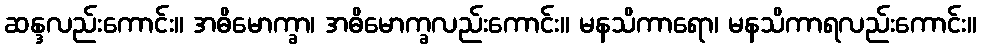
ဆန္ဒလည်းကောင်း။ အဓိမောက္ခာ၊ အဓိမောက္ခလည်းကောင်း။ မနသိကာရော၊ မနသိကာရလည်းကောင်း။